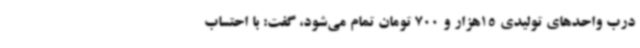
درب واحدهای تولیدی 15هزار و 700 تومان تمام می‌شود، گفت: با احتساب